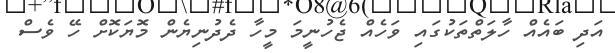
އަދި ބައެއް ހާލަތްތަކުގައި ވަހެއް ޖެހުނީމަ މީހާ ދެދުނިޔެން މޮޔަކޮށް ހޭ ވެސް